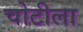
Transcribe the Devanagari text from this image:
चोटीला